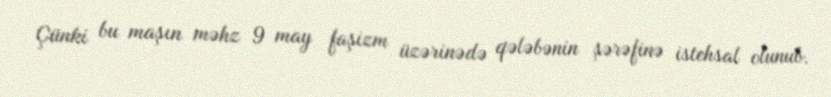
Çünki bu maşın məhz 9 may faşizm üzərinədə qələbənin şərəfinə istehsal olunub.